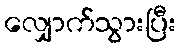
လျှောက်သွားပြီး